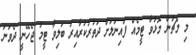
މި މެޗުން މޮޅުވާ ޓީމެއް ފައިނަލަށް ދަތުރުކުރާއިރު ބަލިވާ ޓީމު ޖެހޭނީ ދެވަނަ